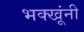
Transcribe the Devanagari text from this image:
भक्खूंनी